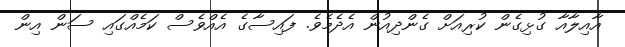
އާއިލާއާ ގުޅިގެން ކުރިއަށް ގެންދިއުން އެދެމެވެ. ފައިސާގެ އެއްވެސް ކަމެއްގައި ސަން އިން